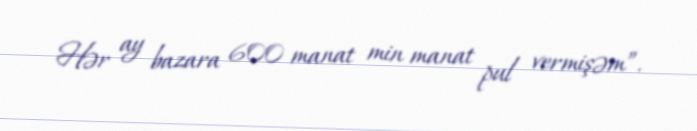
Hər ay bazara 600 manat min manat pul vermişəm”.